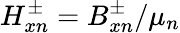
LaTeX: H_{xn}^{\pm}=B_{xn}^{\pm}/\mu_{n}